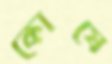
কোষে